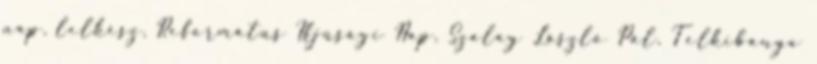
nap, lelkész, Református Ifjúsági Nap, Szalay László Pál, Telkibánya